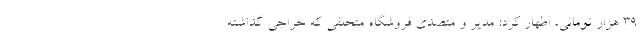
۳۹ هزار تومانی، اظهار کرد: مدیر و متصدی فروشگاه متخلفی که حراجی گذاشته